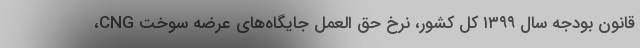
قانون بودجه سال ۱۳۹۹ کل کشور، نرخ حق العمل جایگاه‌های عرضه سوخت CNG،